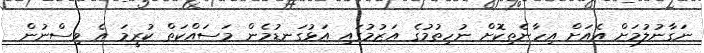
ނަގާނުލުމަށް އެއަށް އިހާނެތިކޮށް ނުހިތުމުގެ އަޒުމުގައި އަޅުގަނޑުމެން މަސައްކަތް ކުރީމަ އެ ވިސްނުން